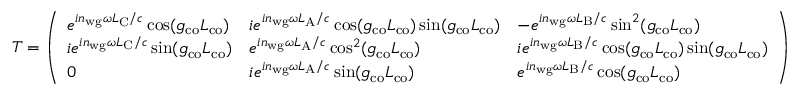
T = \left( \begin{array} { l l l } { e ^ { i n _ { \mathrm { w g } } \omega L _ { \mathrm { C } } / c } \cos ( g _ { \mathrm { c o } } L _ { \mathrm { c o } } ) } & { i e ^ { i n _ { \mathrm { w g } } \omega L _ { \mathrm { A } } / c } \cos ( g _ { \mathrm { c o } } L _ { \mathrm { c o } } ) \sin ( g _ { \mathrm { c o } } L _ { \mathrm { c o } } ) } & { - e ^ { i n _ { \mathrm { w g } } \omega L _ { \mathrm { B } } / c } \sin ^ { 2 } ( g _ { \mathrm { c o } } L _ { \mathrm { c o } } ) } \\ { i e ^ { i n _ { \mathrm { w g } } \omega L _ { \mathrm { C } } / c } \sin ( g _ { \mathrm { c o } } L _ { \mathrm { c o } } ) } & { e ^ { i n _ { \mathrm { w g } } \omega L _ { \mathrm { A } } / c } \cos ^ { 2 } ( g _ { \mathrm { c o } } L _ { \mathrm { c o } } ) } & { i e ^ { i n _ { \mathrm { w g } } \omega L _ { \mathrm { B } } / c } \cos ( g _ { \mathrm { c o } } L _ { \mathrm { c o } } ) \sin ( g _ { \mathrm { c o } } L _ { \mathrm { c o } } ) } \\ { 0 } & { i e ^ { i n _ { \mathrm { w g } } \omega L _ { \mathrm { A } } / c } \sin ( g _ { \mathrm { c o } } L _ { \mathrm { c o } } ) } & { e ^ { i n _ { \mathrm { w g } } \omega L _ { \mathrm { B } } / c } \cos ( g _ { \mathrm { c o } } L _ { \mathrm { c o } } ) } \end{array} \right)